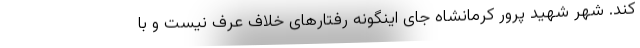
کند. شهر شهید پرور کرمانشاه جای اینگونه رفتارهای خلاف عرف نیست و با